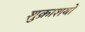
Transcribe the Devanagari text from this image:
शुक्राशयों